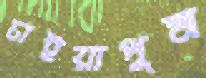
চাইয়াপুম